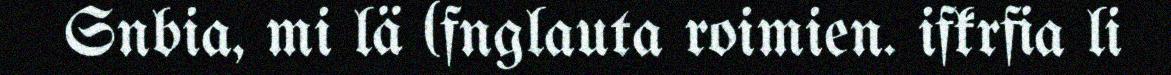
Snbia, mi lä (fnglauta roimien. ifkrfia li